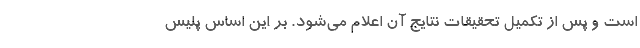
است و پس از تکمیل تحقیقات نتایج آن اعلام می‌شود. بر این اساس پلیس